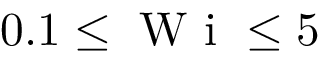
0 . 1 \le \textrm { W i } \le 5